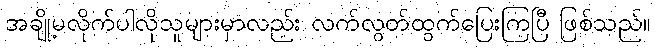
အချို့မလိုက်ပါလိုသူများမှာလည်း လက်လွတ်ထွက်ပြေးကြပြီ ဖြစ်သည်။